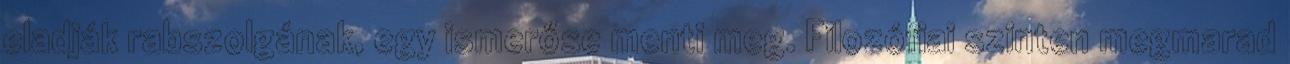
eladják rabszolgának, egy ismerőse menti meg. Filozófiai szinten megmarad